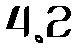
4.2